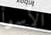
الأسوأ